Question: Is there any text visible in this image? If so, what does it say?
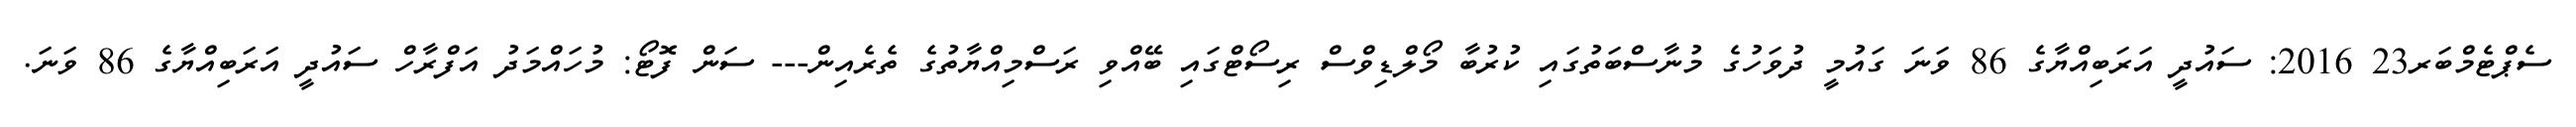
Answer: ސެޕްޓެމްބަރ23 2016: ސައުދީ އަރަބިއްޔާގެ 86 ވަނަ ގައުމީ ދުވަހުގެ މުނާސްބަތުގައި ކުރުބާ މޯލްޑިވްސް ރިސޯޓްގައި ބޭއްވި ރަސްމިއްޔާތުގެ ތެރެއިން--- ސަން ފޮޓޯ: މުހައްމަދު އަފްރާހް ސައުދީ އަރަބިއްޔާގެ 86 ވަނަ.